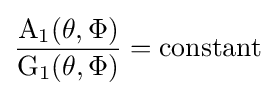
{\frac {\mathrm {A_{1}} (\theta ,\Phi )}{\mathrm {G_{1}} (\theta ,\Phi )}}=\mathrm {constant}